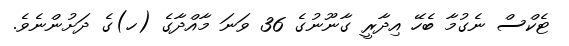
ޓެކްސް ނެގުމާ ބެހޭ އިދާރީ ގާނޫނުގެ 36 ވަނަ މާއްދާގެ (ހ)ގެ ދަށުންނެވެ.